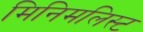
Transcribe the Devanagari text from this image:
मिनिमलिस्ट